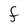
Character: F